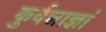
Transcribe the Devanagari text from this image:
कुर्वन्नाज्ञां